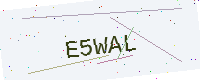
Text: E5WAL